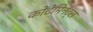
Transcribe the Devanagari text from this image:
कोंटेमिनेंट्स